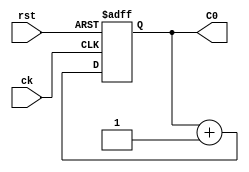


module count2b(
input ck,
input rst,
output [1:0] C0
);

reg [1:0]Q;
wire [1:0]D;

always @(negedge ck or posedge rst)
begin
  if (rst) begin
	Q<=2'b00;
	end
  else begin
	Q<=D;
  end
end

assign D=Q+1;
assign C0 = Q;

endmodule